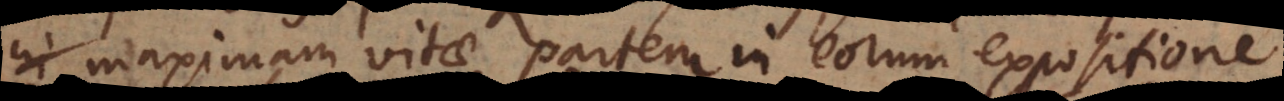
in maximam vitae partem in eorum expositione